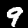
Digit: 9